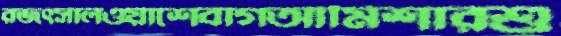
রজত্সালওয়াশেবাগআমিশারশু